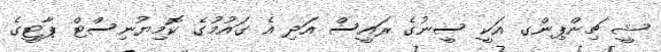
ޝީ ޗިންޕިންގ އަކީ ސީނުގެ ރައީސް އަދި އެ ގައުމުގެ ކޮމިޔުނިސްޓް ޕާޓީގެ